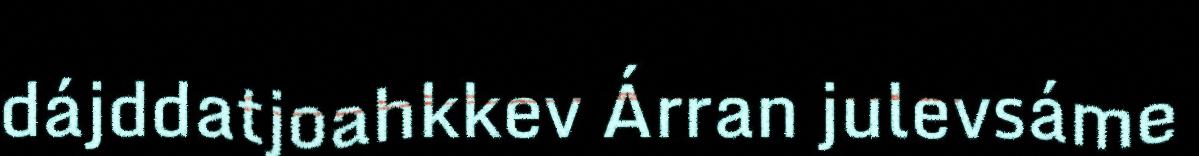
dájddatjoahkkev Árran julevsáme